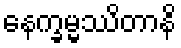
နေက္ခမ္မဿိတာနိ